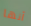
أنها